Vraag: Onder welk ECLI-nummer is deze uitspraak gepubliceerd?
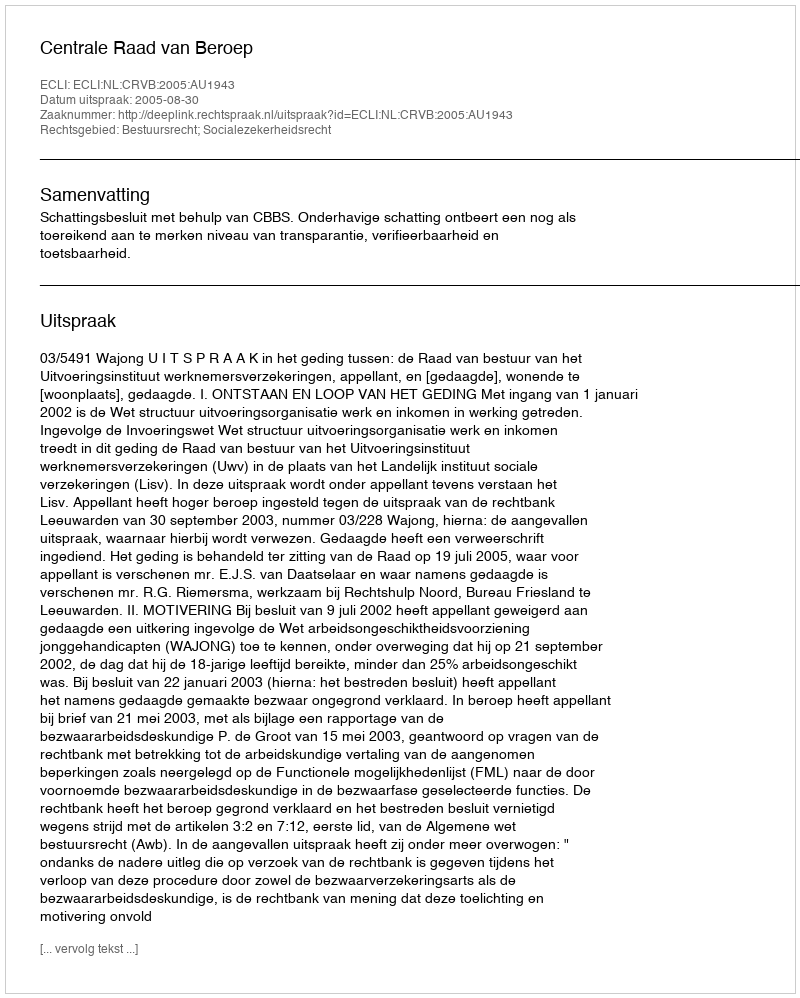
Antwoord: ECLI:NL:CRVB:2005:AU1943